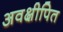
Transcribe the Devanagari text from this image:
अवक्षीपित